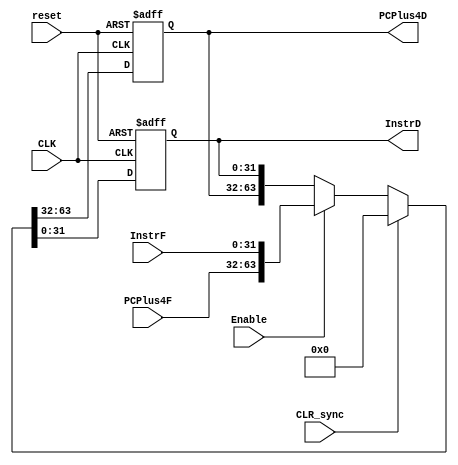
//LS32-bit is instruction and MS32-bit is PC_next
module IF_ID_reg (
    input   wire            CLK         ,
    input   wire            reset       ,
    input   wire            CLR_sync    ,
    input   wire            Enable      ,
    input   wire    [31:0]  InstrF      ,
    input   wire    [31:0]  PCPlus4F    ,
    output  reg     [31:0]  InstrD      ,
    output  reg     [31:0]  PCPlus4D      
);
    
    always @(posedge CLK, negedge reset ) begin
        if (!reset) begin
            {PCPlus4D,InstrD} <= 64'b0;
        end else begin
            if (CLR_sync) begin
                {PCPlus4D,InstrD} <= 64'b0;
            end else if (Enable) begin
                {PCPlus4D,InstrD} <= {PCPlus4F,InstrF};    
            end else begin
                {PCPlus4D,InstrD} <= {PCPlus4D,InstrD};     //if enable is not set keep the old value
            end
            
        end
    end



endmodule